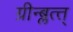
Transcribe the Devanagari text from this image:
ग्रीन्ब्लत्त्